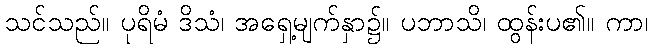
သင်သည်။ ပုရိမံ ဒိသံ၊ အရှေ့မျက်နှာ၌။ ပဘာသိ၊ ထွန်းပ၏။ ကာ၊